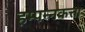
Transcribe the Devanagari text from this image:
हम्पन्नकत्ता